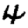
Digit: 4